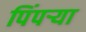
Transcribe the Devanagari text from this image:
पिंपऱ्या